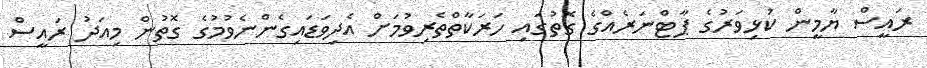
ރައީސް ޔާމީން ކުޅިވަރުގެ ޕާޓްނަރެއްގެ ގޮތުގައި ހަރަކާތްތެރިވުމަށް އެދިވަޑައިގެންނެވުމުގެ ގޮތުން މިއަދު ރައީސް